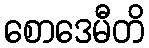
စောဒေမီတိ